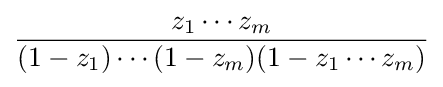
{\frac {z_{1}\cdots z_{m}}{(1-z_{1})\cdots (1-z_{m})(1-z_{1}\cdots z_{m})}}